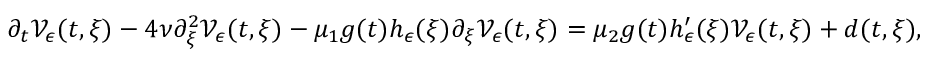
\partial _ { t } \mathcal { V } _ { \epsilon } ( t , \xi ) - 4 \nu \partial _ { \xi } ^ { 2 } \mathcal { V } _ { \epsilon } ( t , \xi ) - \mu _ { 1 } g ( t ) h _ { \epsilon } ( \xi ) \partial _ { \xi } \mathcal { V } _ { \epsilon } ( t , \xi ) = \mu _ { 2 } g ( t ) h _ { \epsilon } ^ { \prime } ( \xi ) \mathcal { V } _ { \epsilon } ( t , \xi ) + d ( t , \xi ) ,